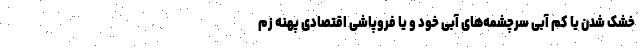
خشک شدن یا کم آبی سرچشمه‌های آبی خود و یا فروپاشی اقتصادی پهنه زم